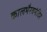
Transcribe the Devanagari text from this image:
कालभैरवमंदिर